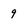
Character: 9